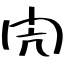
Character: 閌